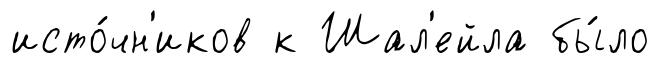
исто́чн'иков к Шал'ейла бы́ло